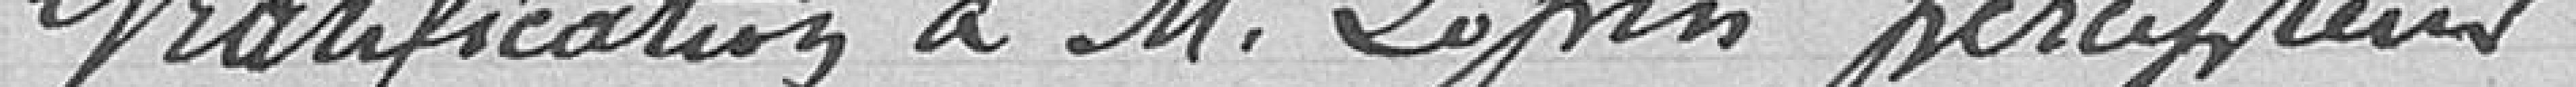
Gratification à Monsieur Lopin percepteur